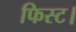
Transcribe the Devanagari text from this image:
फिस्ट।